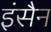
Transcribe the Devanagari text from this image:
इंसैन